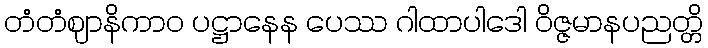
တံတံဈာနိကာဝ ပဋ္ဌာနေန ပေဿ ဂါထာပါဒေါ ဝိဇ္ဇမာနပညတ္တိ